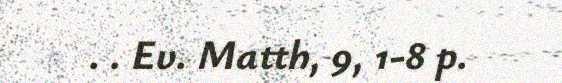
. . Ev. Matth, 9, 1-8 p.